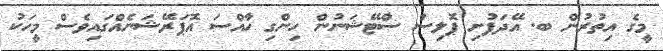
މީގެ އިތުރުން ބ. އޭދަފުށި ޕޮލިސް ސްޓޭޝަނުން ހިންގި ހާއްސަ އޮޕަރޭޝަނެއްގައިވެސް މީހަކު